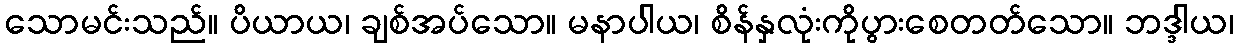
သောမင်းသည်။ ပိယာယ၊ ချစ်အပ်သော။ မနာပါယ၊ စိန်နှလုံးကိုပွားစေတတ်သော။ ဘဒ္ဒါယ၊